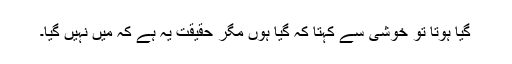
گیا ہوتا تو خوشی سے کہتا کہ گیا ہوں مگر حقیقت یہ ہے کہ میں نہیں گیا۔